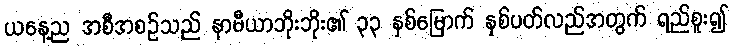
ယနေ့ည အစီအစဉ်သည် နာမီယာဘိုးဘိုး၏ ၃၃ နှစ်မြောက် နှစ်ပတ်လည်အတွက် ရည်စူး၍